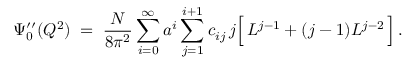
\Psi _ { 0 } ^ { \prime \prime } ( Q ^ { 2 } ) \; = \; \frac { N } { 8 \pi ^ { 2 } } \sum _ { i = 0 } ^ { \infty } a ^ { i } \sum _ { j = 1 } ^ { i + 1 } c _ { i j } \, j \Big [ \, L ^ { j - 1 } + ( j - 1 ) L ^ { j - 2 } \, \Big ] \, .